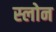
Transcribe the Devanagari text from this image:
स्‍लोन